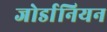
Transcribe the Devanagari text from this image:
जोर्डानियन